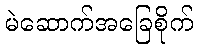
မဲဆောက်အခြေစိုက်